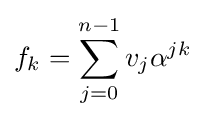
f_{k}=\sum _{j=0}^{n-1}v_{j}\alpha ^{jk}